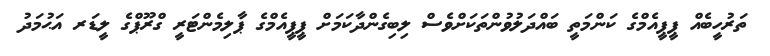
ތަރުހީބެއް ޕީޕީއެމްގެ ކަންމަތީ ބައްދަލުވުންތަކަށްވެސް ލިބިގެންދާކަމަށް ޕީޕީއެމްގެ ޕާލިމެންޓަރީ ގްރޫޕްގެ ލީޑަރ އަޙުމަދު